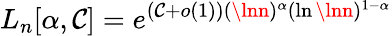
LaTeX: L_{n}[\alpha,\mathcal{C}]=e^{(\mathcal{C}+o(1))(\lnn)^{\alpha}(\ln\lnn)^{1-\alpha}}